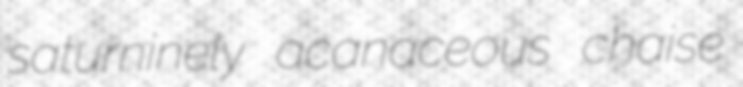
saturninely acanaceous chaise